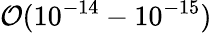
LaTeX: \mathcal{O}(10^{-14}-10^{-15})